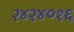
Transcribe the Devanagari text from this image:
२४२४०१६